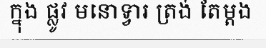
ក្នុង ផ្លូវ មនោទ្វារ ត្រង់ តែម្តង